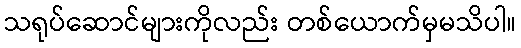
သရုပ်ဆောင်များကိုလည်း တစ်ယောက်မှမသိပါ။